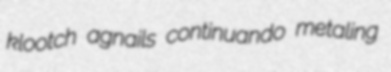
klootch agnails continuando metaling